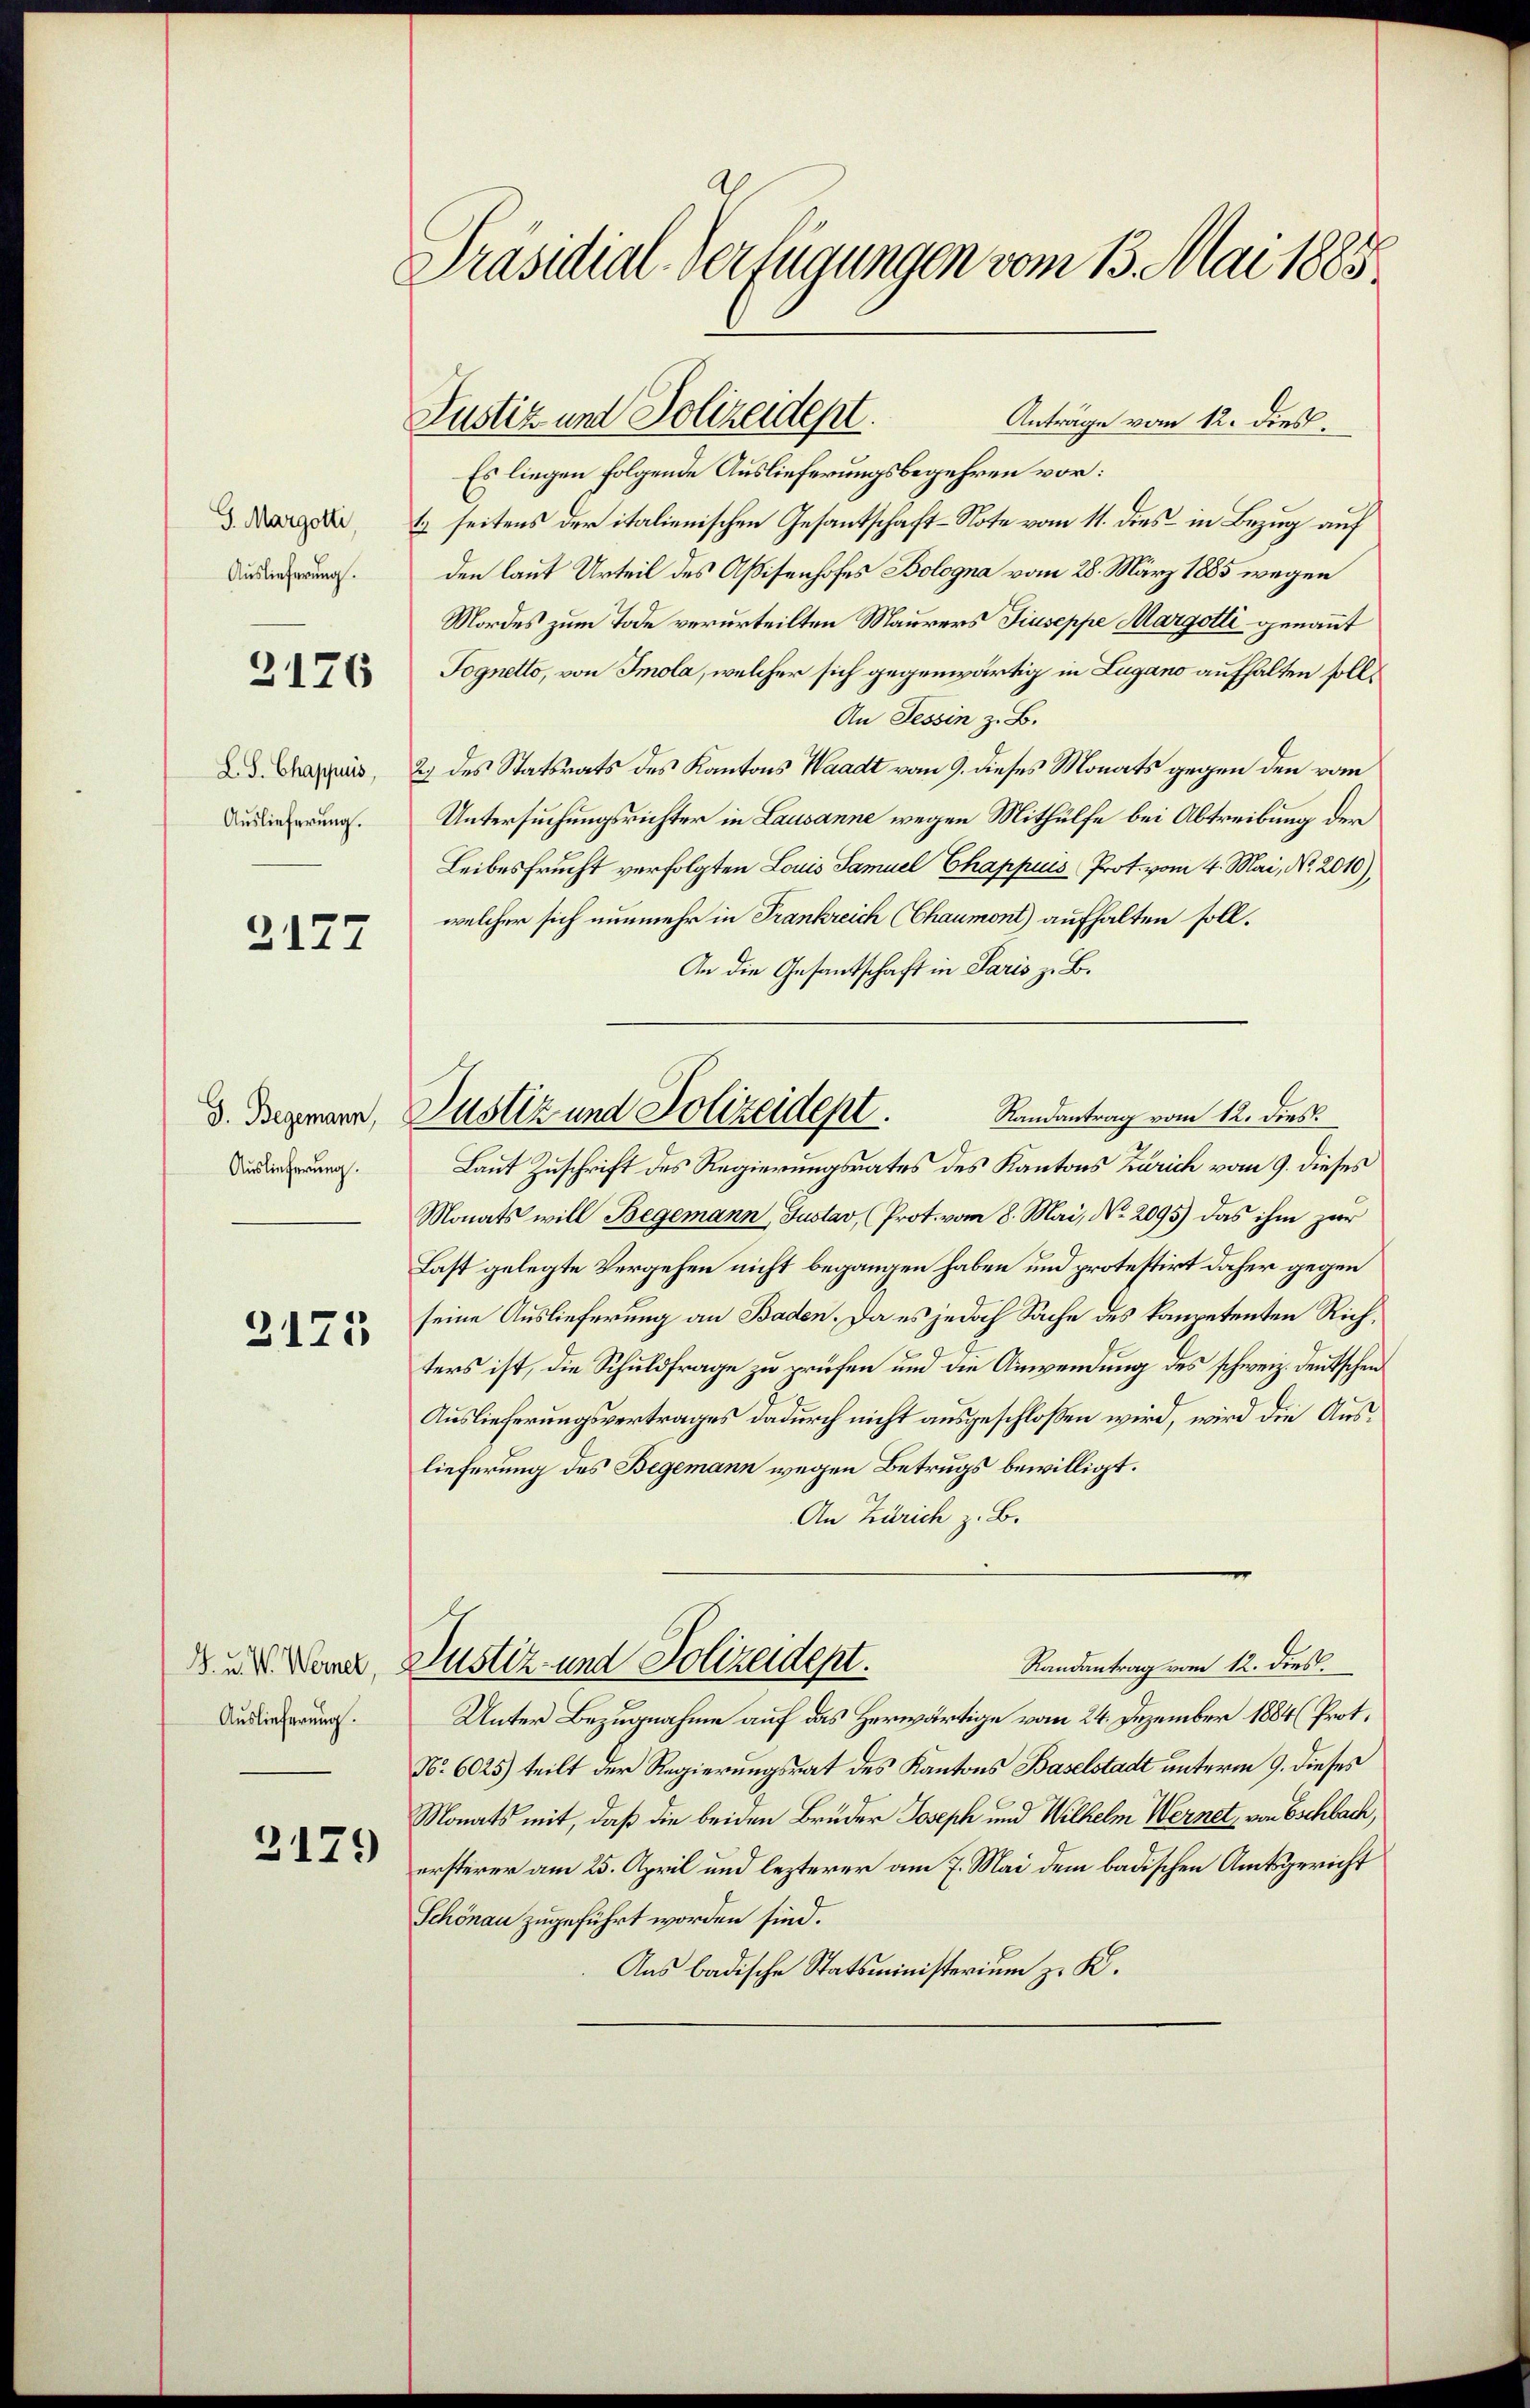
Auslieferung.
L. S. Chappuis,
Auslieferung.

3176

2177

D. Begemann,
Auslieferung.

3175

G. u. W. Wernet,
Auslieferung.

2179

Präsidial-Verfügungen vom 13. Mai 1885

Es liegen folgende Auslieferungsbegehren vor:
d. redet seitens der italienischen Gesantschaft-Note vom 11. dies in Bezug auf
den laut Urteil des Assisenhofes Bologna vom 28. März 1885 wegen
Mordes zum Tode verurteilten Maurers Tiuseppe Margotti genannt
Tognetto, von Imola, welcher sich gegenwärtig in Lugano aufhalten soll¬
An Tessin z. B.
2.) des Statsrats des Kantons Waadt vom 9. dieses Monats gegen den vom
Untersuchungsrichter in Lausanne wegen Mithülfe bei Abtreibung der
Leibesfrucht verfolgten Louis Samuel Chappes Prot. vom 4. Mai, No. 2010),
welcher sich nunmehr in Frankreich (Chaumont) aufhalten soll.
An die Gesantschaft in Paris z. B.
Laut Zuschrift des Regierungsrates des Kantons Zürich vom 9. dieses
Monats will Begemann, Justav, (Prot. vom 8. Mai, No. 2095) das ihm zur
Last gelegte Vergehen nicht begangen haben und protestirt daher gegen
seine Auslieferung an Baden. Da es jedoch Sache des kompetenten Richters ist, die Schuldfrage zu prüfen und die Anwendung des schweiz. Deutschen
Auslieferungsvertrages dadurch nicht ausgeschlossen wird, wird die Auslieferung des Begemann wegen Betrugs bewilligt.
An Zürich z. B.
Randantrag vom 12. dies
Justiz- und Polizeidept.
Unter Bezugnahme auf das Herwärtige vom 24. Dezember 1884 (Prot.
N. 6025) teilt der Regierungsrat des Kantons Baselstadt unterm 9. dieses
Monats mit, daß die beiden Brüder Joseph und Wilhelm Wernet, von Eschbach,
ersterer am 25. April und lezterer am 7. Mai dem badischen Amtsgericht
Schönau zugeführt worden sind.
Aus badische Statsministerium zu K.

Justiz und Polizeidept. Randantrag vom 12. dies

Justiz und Polizeident.
Anträge vom 12. dies